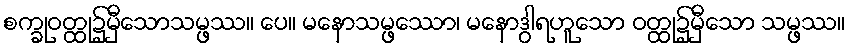
စက္ခုဝတ္ထု၌မှီသောသမ္ဖဿ။ ပေ။ မနောသမ္ဖဿော၊ မနောဒွါရဟူသော ဝတ္ထု၌မှီသော သမ္ဖဿ။